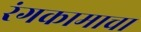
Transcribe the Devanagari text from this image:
रंगकामाचा